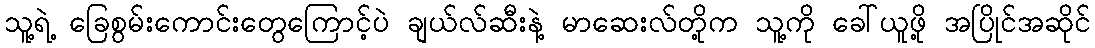
သူ့ရဲ့ ခြေစွမ်းကောင်းတွေကြောင့်ပဲ ချယ်လ်ဆီးနဲ့ မာဆေးလ်တို့က သူ့ကို ခေါ်ယူဖို့ အပြိုင်အဆိုင်